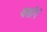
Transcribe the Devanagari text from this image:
वर्सानं